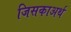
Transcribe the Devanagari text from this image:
जिसकाअर्थ